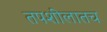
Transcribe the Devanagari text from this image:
तपशीलातच